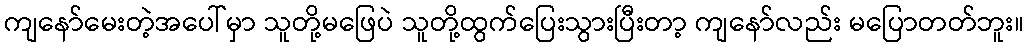
ကျနော်မေးတဲ့အပေါ်မှာ သူတို့မဖြေပဲ သူတို့ထွက်ပြေးသွားပြီးတာ့ ကျနော်လည်း မပြောတတ်ဘူး။